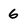
Character: 6